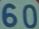
60